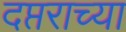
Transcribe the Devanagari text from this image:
दप्तराच्या